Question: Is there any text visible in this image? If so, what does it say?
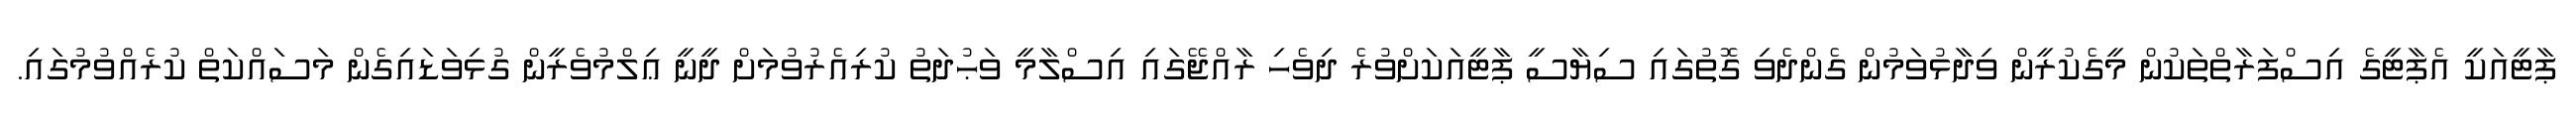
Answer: ޕާޓީއަކީ އެޕާޓީގެ އިސްފަރާތްތަކުން މީގެކުރީން ވިދާޅުވަމުން ގެންދެވި ގޮތުގައި ސިޔާސީ ޕާޓީއަކަށްވުރެ ދިވެހި ރާއްޖޭގައި އިސްލާމީ ވަޙުދަތު ކުރިއެރުވުމަށް ދީނީ ޢިލްމުވެރީން ގުޅިވަޑައިގެން މަސައްކަތް ކުރެއްވުމުގައި.